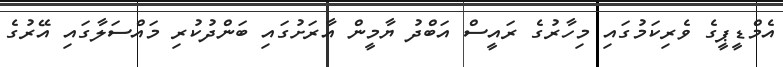
އެމްޑީޕީގެ ވެރިކަމުގައި މިހާރުގެ ރައީސް އަބްދު ޔާމީން އާރަށުގައި ބަންދުކުރި މައްސަލާގައި އޭރުގެ